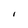
Character: I